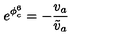
e ^ { \phi _ { c } ^ { 6 } } = - { \frac { v _ { a } } { \tilde { v } _ { a } } }